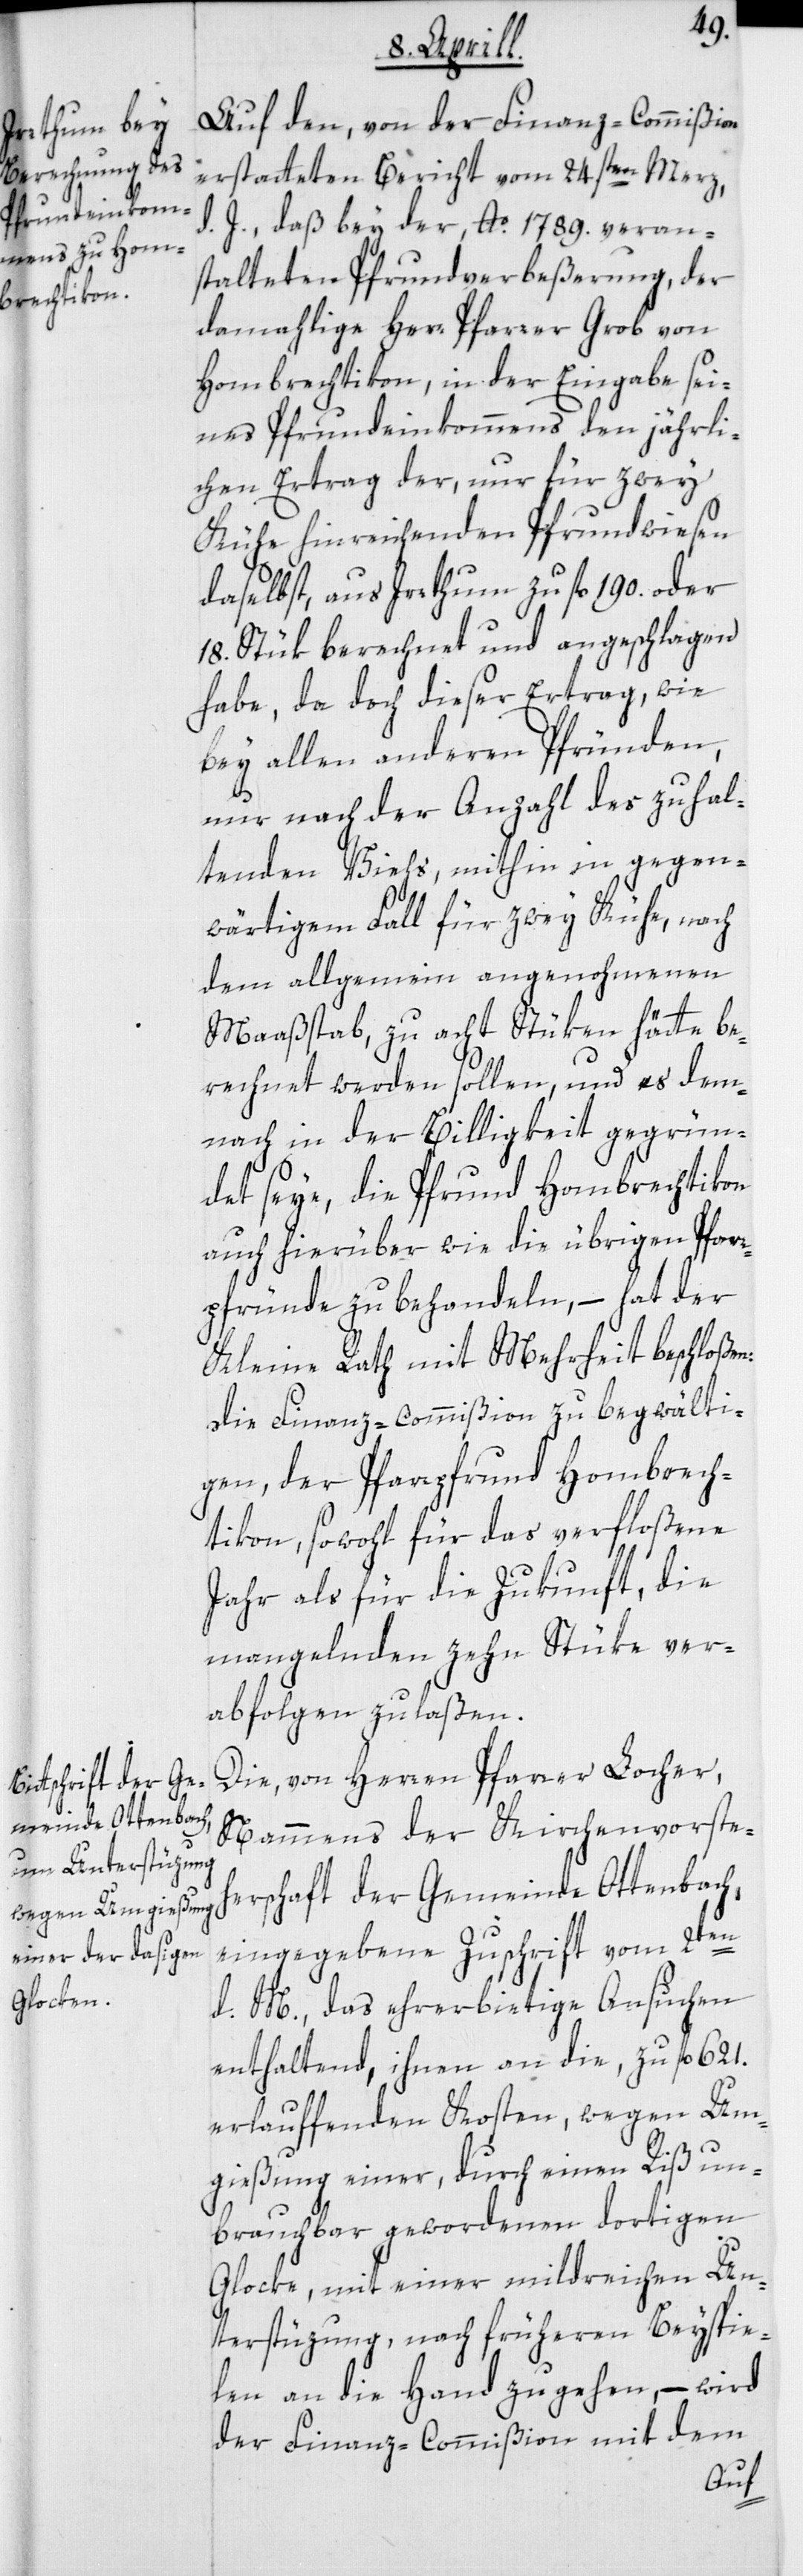
Auf den, von der Finanz-Commißion
erstatteten Bericht vom 24.sten Merz,
J., daß bey der Ao. 1789 veran¬
stalteten Pfrundverbeßerung, der
damahlige Herr Pfarrer Grob von
Hombrechtikon, in der Eingabe sei¬
nes Pfrundeinkommens den jährli¬
chen Ertrag der, nur für zwey
Kühe hinreichenden Pfrundwiesen
daselbst, aus Irrthum zu fl. 190 oder
18. Stük berechnet und angeschlagen
habe, da doch dieser Ertrag, wie
bey allen anderen Pfründen,
nur nach der Anzahl des zu hal¬
tenden Viehs, mithin in gegen¬
wärtigem Fall für zwey Kühe, nach
dem allgemein angenohmenen
Maaßstab, zu acht Stüken hätte be¬
rechnet werden sollen, und es dem¬
nach in der Billigkeit gegrün¬
det seye, die Pfrund Hombrechtikon
auch hierüber wie die übrigen Pfarr¬
pfründe zu behandeln, – hat der
Kleine Rath mit Mehrheit beschloßen,
die Finanz-Commißion zu begwälti¬
gen, der Pfarrpfrund Hombrech¬
tikon sowohl für das verfloßene
Jahr als für die Zukunft, die
mangelnden zehn Stüke ver¬
abfolgen zu laßen.
Die, von Herren Pfarrer Locher,
Nammens der Kirchenvorsteh¬
erschaft der Gemeinde Ottenbach,
eingegebene Zuschrift vom 2ten
d. M., das ehrerbietige Ansuchen
enthaltend, ihnen an die, zu fl.
erlauffenden Kosten, wegen Um¬
gießung einer durch einen Riß un¬
brauchbar gewordenen dortigen
Glocke, mit einer mildreichen Un¬
terstüzung nach früheren Beyspie¬
len an die Hand zu gehen, – wird
der Finanz-Commißion mit dem